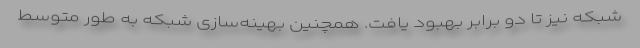
شبکه نیز تا دو برابر بهبود یافت. همچنین بهینه‌سازی شبکه به طور متوسط